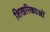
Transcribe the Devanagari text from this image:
शिखरिकाओं